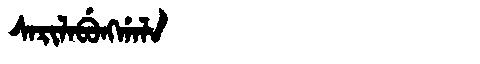
Manchu: ᠰᠠᡵᡳᠯᠠᠪᡠᠩᡤᠠᠯᠠ
Romanization: SARILABUNGGALA